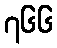
၇၆၆